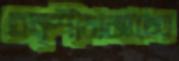
বক্শীবাজারের